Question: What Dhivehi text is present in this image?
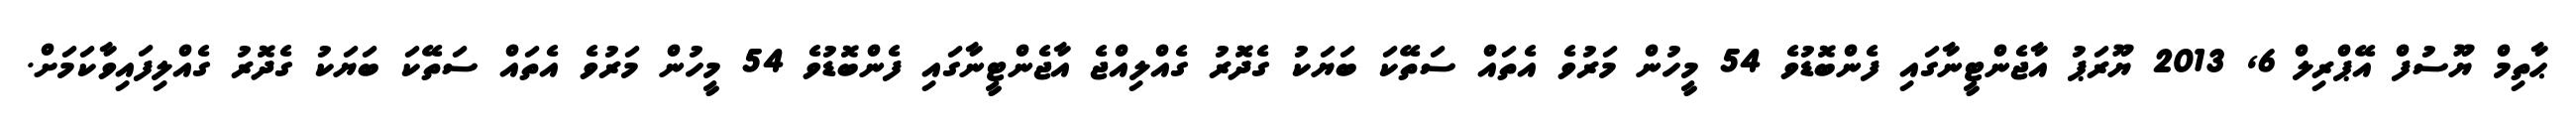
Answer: ޙާތިމް ޔޫސުފް އޭޕްރިލް 6, 2013 ޔޫރަޕު އާޖެންޓީނާގައި ފެންބޮޑުވެ 54 މީހުން މަރުވެ އެތައް ސަތޭކަ ބަޔަކު ގެދޮރު ގެއްލިއްޖެ އާޖެންޓީނާގައި ފެންބޮޑުވެ 54 މީހުން މަރުވެ އެތައް ސަތޭކަ ބަޔަކު ގެދޮރު ގެއްލިފައިވާކަމަށް.